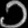
Digit: ၁